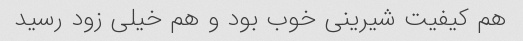
هم کیفیت شیرینی خوب بود و هم خیلی زود رسید